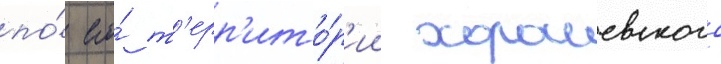
по́ его́ т'ерр'ито́р'ии хорошевского